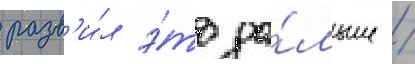
разв'и́л э́то да́льше /